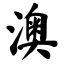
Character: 澳